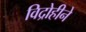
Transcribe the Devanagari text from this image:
विद्रोहीने